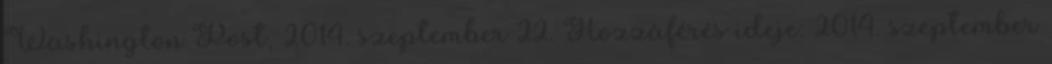
Washington Post, 2014. szeptember 22. Hozzáférés ideje: 2014. szeptember